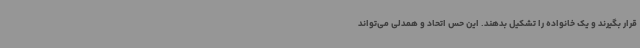
قرار بگیرند و یک خانواده را تشکیل بدهند. این حس اتحاد و همدلی می‌تواند